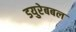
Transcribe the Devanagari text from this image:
डयुरेबबल